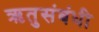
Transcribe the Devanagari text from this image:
ऋतुसंबंधी